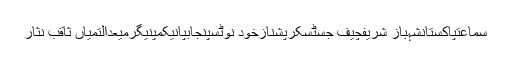
سماعتپاکستانشہباز شریفچیف جسٹسکرپشنازخود نوٹسپنجابپانیکمپنیگرمیعدالتمیاں ثاقب نثار